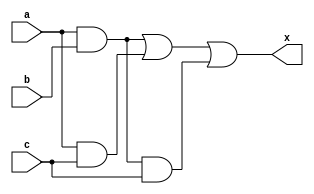
`timescale 1ns / 1ps
//////////////////////////////////////////////////////////////////////////////////
// Company: 
// Engineer: 
// 
// Design Name: 
// Module Name: expression
// Project Name: 
// Target Devices: 
// Tool Versions: 
// Description: 
// 
// Dependencies: 
// 
// Revision:
// Revision 0.01 - File Created
// Additional Comments:
// 
//////////////////////////////////////////////////////////////////////////////////
//X = (AB) + (AC) + (ABC)

module expression(a,b,c,x);
input a,b,c;
output x;
assign x = (a&b) | (a&c) | (a&b&c);
endmodule